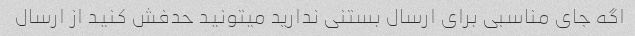
اگه جای مناسبی برای ارسال بستنی ندارید میتونید حدفش کنید از ارسال